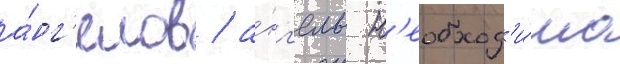
а́нг'елов / а́нг'елам н'еобход'и́мо